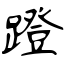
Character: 蹬